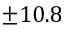
\pm 1 0 . 8